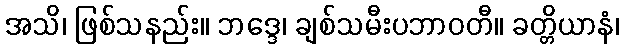
အသိ၊ ဖြစ်သနည်း။ ဘဒ္ဒေ၊ ချစ်သမီးပဘာဝတီ။ ခတ္တိယာနံ၊